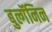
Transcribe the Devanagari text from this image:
बुल्गॅनिन